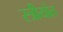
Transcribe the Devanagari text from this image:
स्त्रीयांत